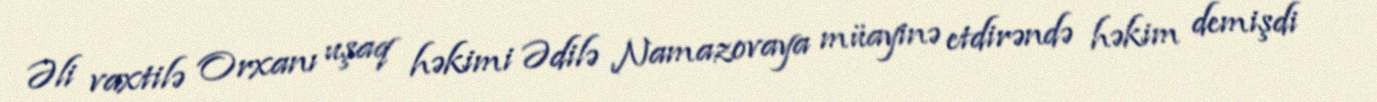
Əli vaxtilə Orxanı uşaq həkimi Ədilə Namazovaya müayinə etdirəndə həkim demişdi